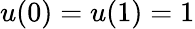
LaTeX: u(0)=u(1)=1